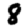
Digit: 8